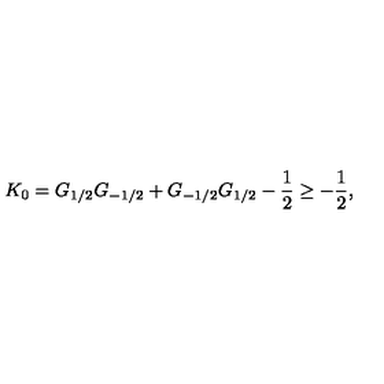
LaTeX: K _ { 0 } = G _ { 1 / 2 } G _ { - 1 / 2 } + G _ { - 1 / 2 } G _ { 1 / 2 } - \frac { 1 } { 2 } \geq - \frac { 1 } { 2 } ,